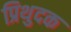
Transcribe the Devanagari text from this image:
प्रिथुदक